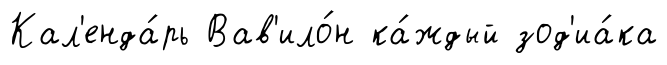
Кал'енда́рь Вав'ило́н ка́ждый зод'иа́ка